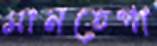
মানতেগা